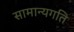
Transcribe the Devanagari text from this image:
सामान्यगति